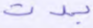
بدت